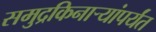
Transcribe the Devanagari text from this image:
समुद्रकिनार्‍यांपर्यंत